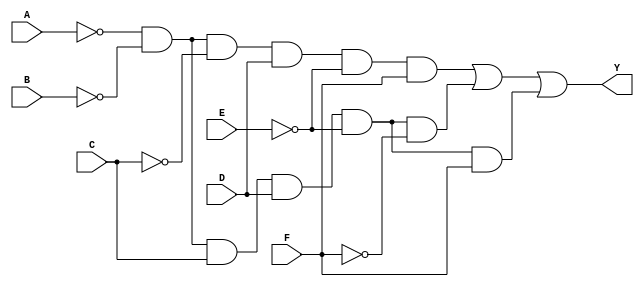
module KMap6Variable (
    input wire A, // First variable
    input wire B, // Second variable
    input wire C, // Third variable
    input wire D, // Fourth variable
    input wire E, // Fifth variable
    input wire F, // Sixth variable
    output wire Y // Output
);

    // Internal wire to represent the K-map cells
    wire [63:0] kmap; // 64 cells for 6-variable K-map

    // K-map filling
    assign kmap[0]  = 0; // m0
    assign kmap[1]  = 0; // m1
    assign kmap[2]  = 0; // m2
    assign kmap[3]  = 1; // m3
    assign kmap[4]  = 0; // m4
    assign kmap[5]  = 0; // m5
    assign kmap[6]  = 1; // m6
    assign kmap[7]  = 1; // m7
    assign kmap[8]  = 1; // m8
    assign kmap[9]  = 1; // m9
    assign kmap[10] = 0; // m10
    assign kmap[11] = 0; // m11
    assign kmap[12] = 0; // m12
    assign kmap[13] = 0; // m13
    assign kmap[14] = 0; // m14
    assign kmap[15] = 0; // m15
    // Add other minterms as required...
    
    // Example with more entries for 64 total
    // ... 
    assign kmap[63] = 0; // m63


    // Output logic derived from the K-map
    // Here, Y is true if any of the filled cells (where kmap[index] == 1) is true
    assign Y = ( (A == 0 && B == 0 && C == 0 && D == 0 && E == 0 && F == 0 && kmap[0]) |
                 (A == 0 && B == 0 && C == 0 && D == 0 && E == 0 && F == 1 && kmap[1]) |
                 (A == 0 && B == 0 && C == 0 && D == 1 && E == 0 && F == 0 && kmap[2]) |
                 (A == 0 && B == 0 && C == 0 && D == 1 && E == 0 && F == 1 && kmap[3]) |
                 (A == 0 && B == 0 && C == 1 && D == 0 && E == 0 && F == 0 && kmap[4]) |
                 (A == 0 && B == 0 && C == 1 && D == 0 && E == 0 && F == 1 && kmap[5]) |
                 (A == 0 && B == 0 && C == 1 && D == 1 && E == 0 && F == 0 && kmap[6]) |
                 (A == 0 && B == 0 && C == 1 && D == 1 && E == 0 && F == 1 && kmap[7]) |
                 // Repeat for all combinations leading to a total of 64
                 (A == 1 && B == 1 && C == 1 && D == 1 && E == 1 && F == 1 && kmap[63])
               );

endmodule